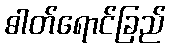
ဓါတ်ရောင်ခြည်